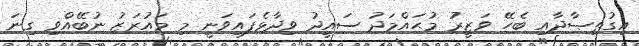
އިގުތިޞާދާއި ބެހޭ ވަޒީރު މުޙައްމަދު ސައީދު ވިދާޅެފައިވަނީ މި މައުރަޒު ނުބޭއްވި ގިނަ